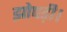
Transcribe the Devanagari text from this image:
झोपड़ी।